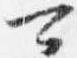
可